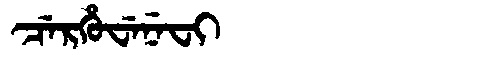
Manchu: ᠴᡝᡵᡥᡠᠸᡝᠨᡝᠸᡳ
Romanization: CERHUWENEFI